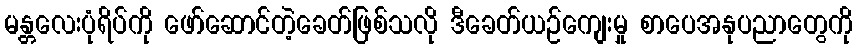
မန္တလေးပုံရိပ်ကို ဖော်ဆောင်တဲ့ခေတ်ဖြစ်သလို ဒီခေတ်ယဉ်ကျေးမှု စာပေအနုပညာတွေကို